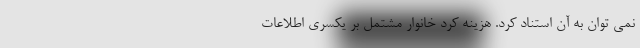
نمی توان به آن استناد کرد. هزینه کرد خانوار مشتمل بر یکسری اطلاعات